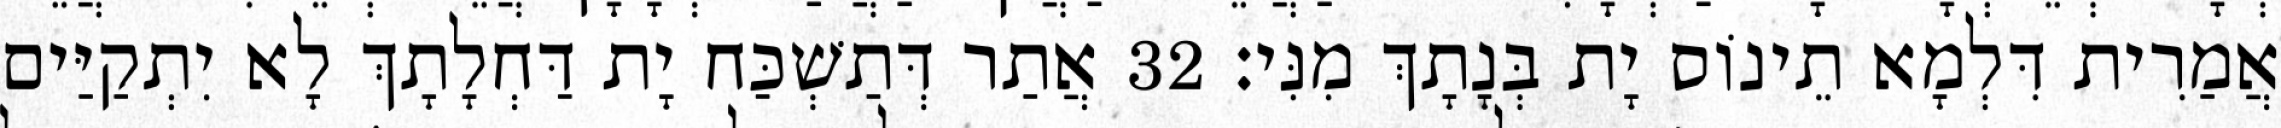
אֲמַרִית דִּלְמָא תֵינוֹס יָת בְּנָתָךְ מִנִּי׃ 32 אֲתַר דְּתַשְׁכַּח יָת דַּחְלָתָךְ לָא יִתְקַיַּים